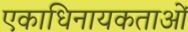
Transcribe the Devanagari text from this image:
एकाधिनायकताओं